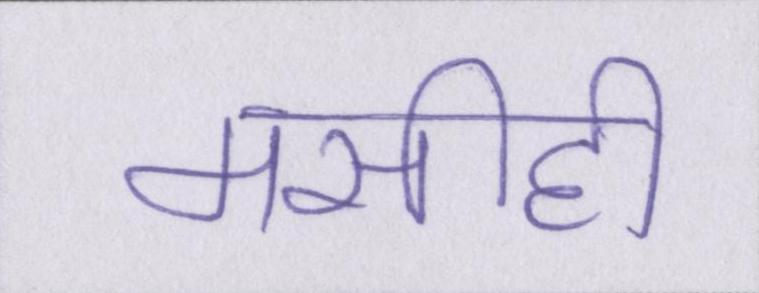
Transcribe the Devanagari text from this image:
मसीही